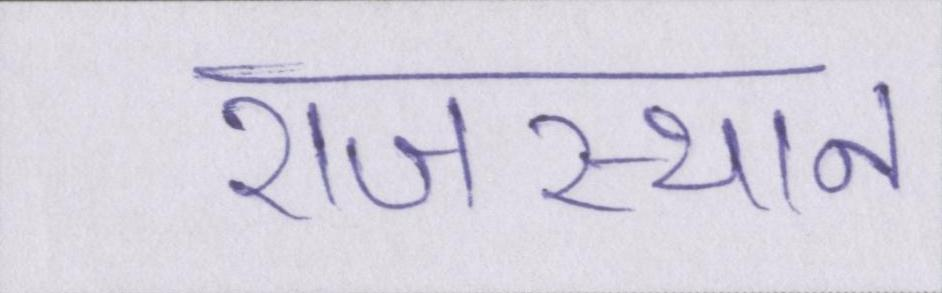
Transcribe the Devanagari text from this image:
राजस्थान